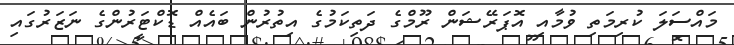
މައްސަލަ ކުރިމަތި ވުމާއި އޮޕަރޭޝަން ރޫމްގެ ދަތިކަމުގެ އިތުރުން ބައެއް ޑޮކްޓަރުންގެ ނަޒަރުގައި